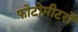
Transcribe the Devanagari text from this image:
फोटोमीटरों